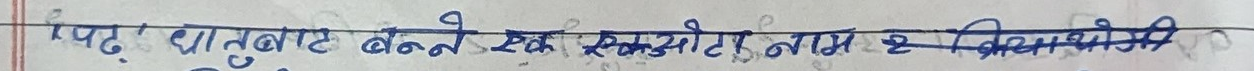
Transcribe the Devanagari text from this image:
पढ: धातुबाट बने एक स्कूटर नयाँ छ? किताबको